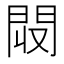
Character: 𨳟